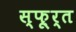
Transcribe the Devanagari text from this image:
स्फ़ूर्त